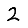
Digit: 2